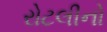
રોટલીનો